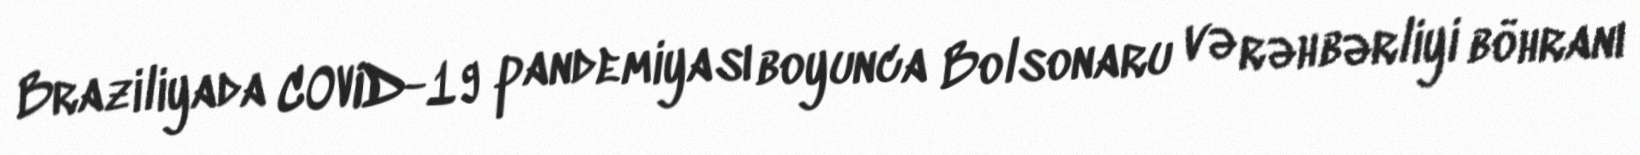
Braziliyada COVID-19 pandemiyası boyunca Bolsonaru və rəhbərliyi böhranı